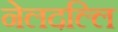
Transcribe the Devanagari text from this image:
नेलदल्लि